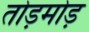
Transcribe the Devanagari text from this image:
तोड़मोड़